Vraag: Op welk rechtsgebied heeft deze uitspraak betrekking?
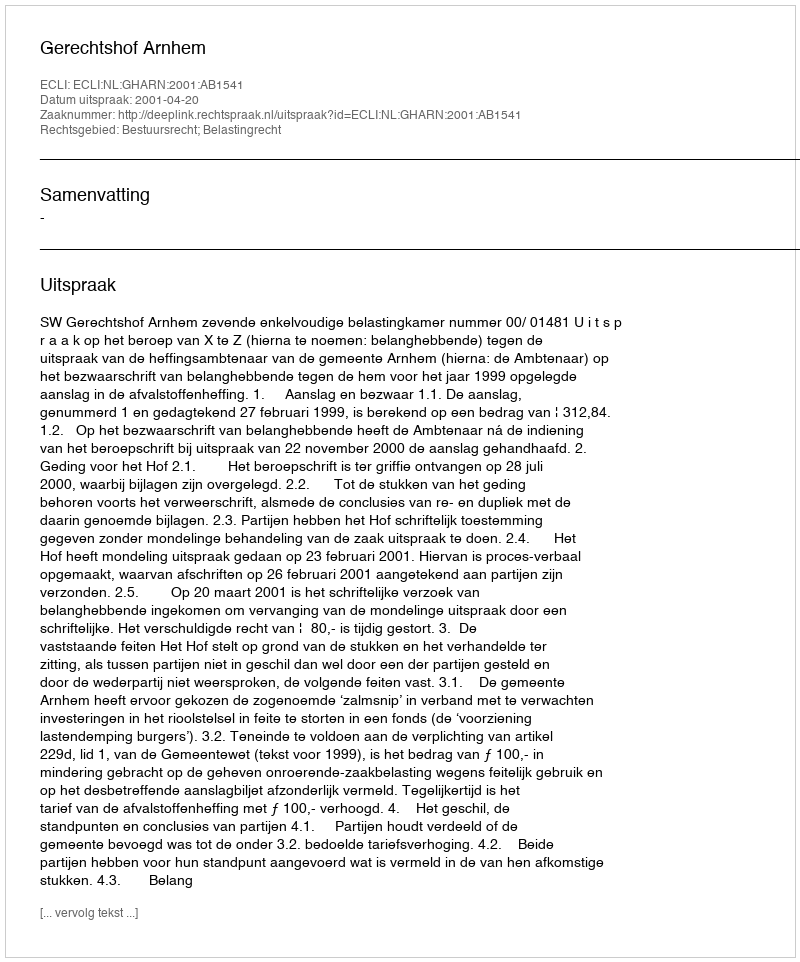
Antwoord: Bestuursrecht; Belastingrecht